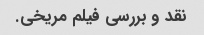
نقد و بررسی فیلم مریخی.